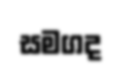
සමගද